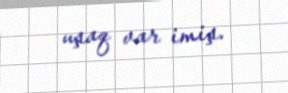
uşaq var imiş.